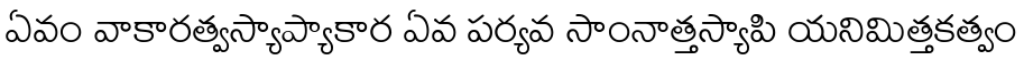
ఏవం వాకారత్వస్యాప్యాకార ఏవ పర్యవ సాంనాత్తస్యాపి యనిమిత్తకత్వం